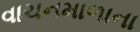
વાચનમાળાના